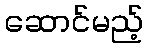
ဆောင်မည့်